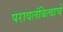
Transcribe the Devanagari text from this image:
परावलंबित्वाचे